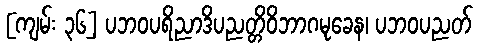
[ကျမ်း ၃၆] ပဘဝပရိညာဒိပညတ္တိဝိဘာဂမုခေန၊ ပဘဝပညတ်